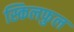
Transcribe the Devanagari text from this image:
स्किलफुल